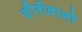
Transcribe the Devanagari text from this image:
चीनीवालों